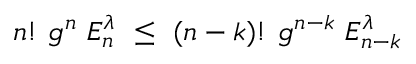
n ! ~ g ^ { n } ~ E _ { n } ^ { \lambda } ~ \le ~ ( n - k ) ! ~ g ^ { n - k } ~ E _ { n - k } ^ { \lambda } ~